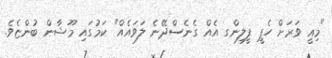
"މިއީ ވަރަށް ހެޕީ ފީލިންގ އެއް ގެނެސްދޭނެ ލަވައެއް" ކަމުގައި މޫޝާން ބުންޏެވެ.